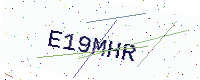
Text: E19MHR